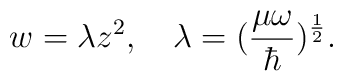
w=\lambda z^2 , \quad \lambda=(\frac{\mu\omega}{\hbar})^\frac 12 .